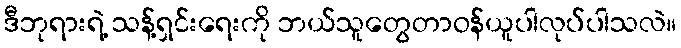
ဒီဘုရားရဲ့ သန့်ရှင်းရေးကို ဘယ်သူတွေတာဝန်ယူပါလုပ်ပါသလဲ။